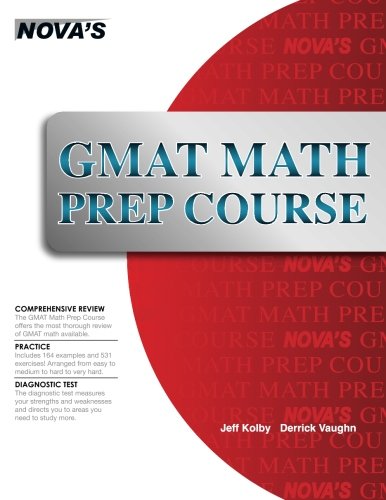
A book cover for GMAT Math Prep Course; Jeff Kolby; Test Preparation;